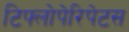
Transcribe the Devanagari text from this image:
टिफ्लोपेरिपेटस